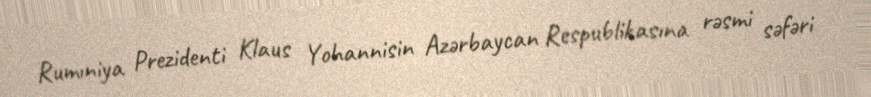
Rumıniya Prezidenti Klaus Yohannisin Azərbaycan Respublikasına rəsmi səfəri